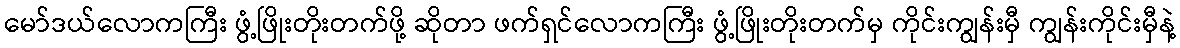
မော်ဒယ်လောကကြီး ဖွံ့ဖြိုးတိုးတက်ဖို့ ဆိုတာ ဖက်ရှင်လောကကြီး ဖွံ့ဖြိုးတိုးတက်မှ ကိုင်းကျွန်းမှီ ကျွန်းကိုင်းမှီနဲ့